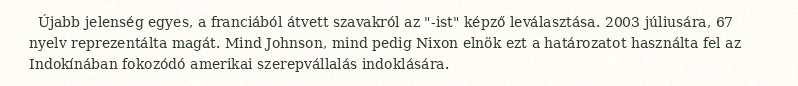
Újabb jelenség egyes, a franciából átvett szavakról az "-ist" képző leválasztása. 2003 júliusára, 67 nyelv reprezentálta magát. Mind Johnson, mind pedig Nixon elnök ezt a határozatot használta fel az Indokínában fokozódó amerikai szerepvállalás indoklására.